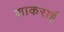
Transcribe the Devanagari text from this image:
शाकराई